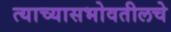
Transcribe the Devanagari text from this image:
त्याच्यासभोवतीलचे